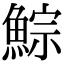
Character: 鯮